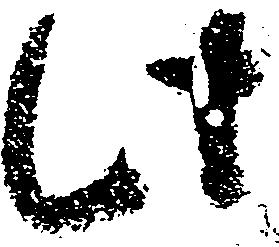
此